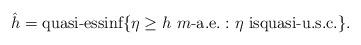
LaTeX: \begin{align*}\hat{h}=\mbox{quasi-essinf}\{\eta\ge h\,\,m\mbox{-a.e.}: \eta\mbox{ isquasi-u.s.c.}\}.\end{align*}